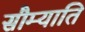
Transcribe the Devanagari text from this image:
सौम्याति